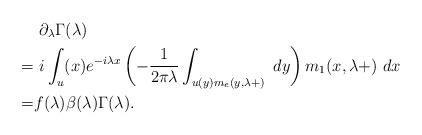
LaTeX: \begin{align*}&~\partial_{\lambda}\Gamma(\lambda)\\=&~ i \int_\real u(x) e^{-i\lambda x}\left(-\frac{1}{2\pi \lambda}\int_\real {u(y)m_e(y,\lambda+)}~dy\right)m_1(x,\lambda+)~dx\\= &f(\lambda)\beta(\lambda)\Gamma(\lambda). \end{align*}